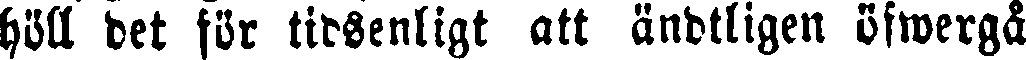
höll det för tidsenligt att ändtligen öfwergå